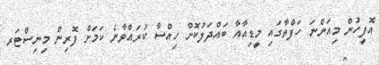
އޮފީހުން މިއަންނަ ހަފްތާގައި މީޑިއާއާ ބައްދަލުކޮށް ހިއްސާ ކުރައްވާނެ ކަމަށް ފޮރިން މިނިސްޓަރ